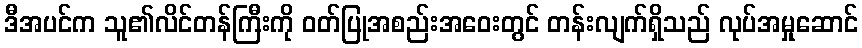
ဒီအပင်က သူ၏လိင်တန်ကြီးကို ဝတ်ပြုအစည်းအဝေးတွင် တန်းလျက်ရှိသည် လုပ်အမှုဆောင်